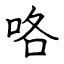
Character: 咯